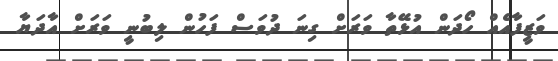
ވަޒީފާއެއް ހޯދަން އުޅޭތާ ވަރަށް ގިނަ ދުވަސް ފަހުން ލިބުނީ ވަރަށް އާދަޔާ